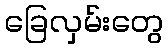
ခြေလှမ်းတွေ